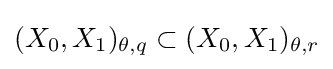
(X_{0},X_{1})_{\theta ,q}\subset (X_{0},X_{1})_{\theta ,r}